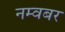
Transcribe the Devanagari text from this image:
नम्वबर